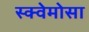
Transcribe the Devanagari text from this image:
स्क्वेमोसा